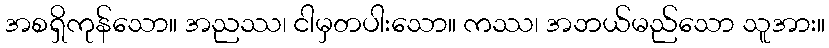
အစရှိကုန်သော။ အညဿ၊ ငါမှတပါးသော။ ကဿ၊ အဘယ်မည်သော သူအား။